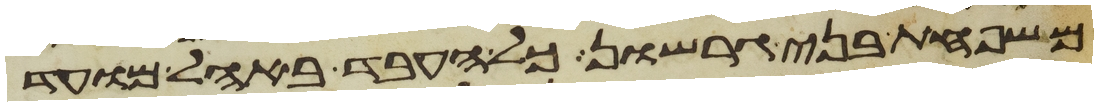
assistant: משפחת בני גרשון כל העבד באהל מועד